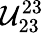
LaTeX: \mathcal{U}_{23}^{23}